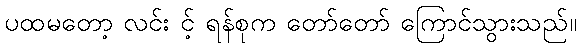
ပထမတော့ လင်း င့် ရန်စုက တော်တော် ကြောင်သွားသည်။